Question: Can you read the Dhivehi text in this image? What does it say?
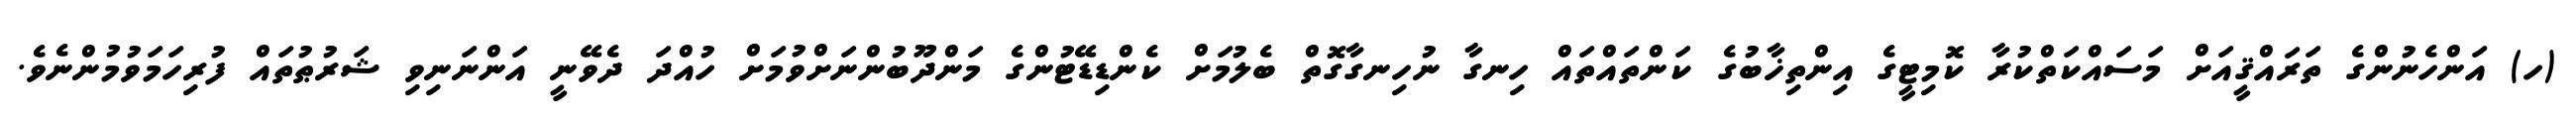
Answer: (ހ) އަންހެނުންގެ ތަރައްޤީއަށް މަސައްކަތްކުރާ ކޮމިޓީގެ އިންތިޚާބުގެ ކަންތައްތައް ހިނގާ ނުހިނގާގޮތް ބެލުމަށް ކެންޑިޑޭޓުންގެ މަންދޫބުންނަށްވުމަށް ހުއްދަ ދެވޭނީ އަންނަނިވި ޝަރުޠުތައް ފުރިހަމަވުމުންނެވެ.